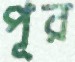
পূর